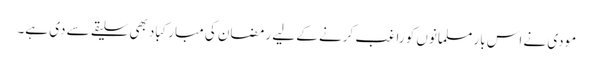
مودی نے اس بار مسلمانوں کو راغب کرنے کے لیے رمضان کی مبارکباد بھی سلیقے سے دی ہے۔